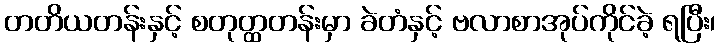
တတိယတန်းနှင့် စတုတ္ထတန်းမှာ ခဲတံနှင့် ဗလာစာအုပ်ကိုင်ခဲ့ ရပြီး၊